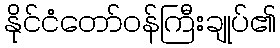
နိုင်ငံတော်ဝန်ကြီးချုပ်၏